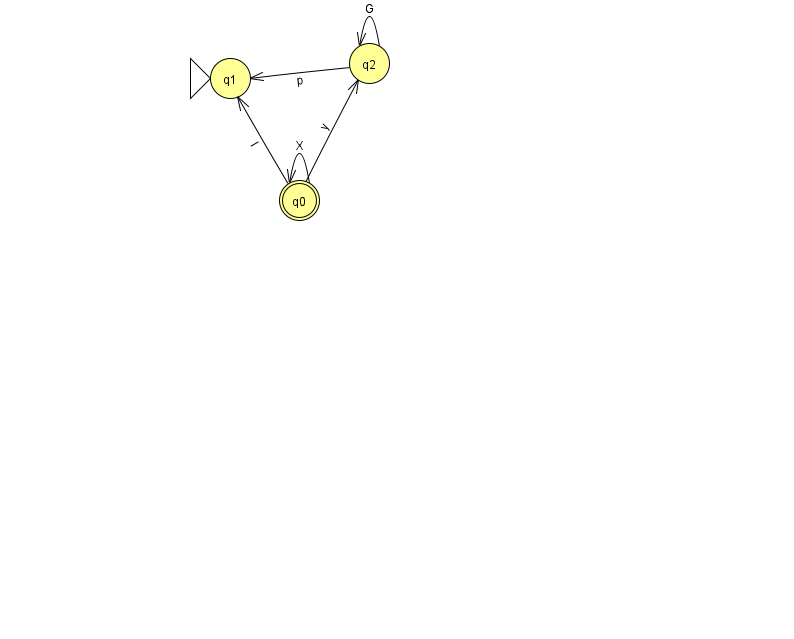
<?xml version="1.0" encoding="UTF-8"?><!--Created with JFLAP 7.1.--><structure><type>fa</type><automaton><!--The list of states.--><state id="0" name="q0"><x>299.0</x><y>187.0</y><final/></state><state id="1" name="q1"><x>230.0</x><y>65.0</y><initial/></state><state id="2" name="q2"><x>369.0</x><y>50.0</y></state><!--The list of transitions.--><transition><from>0</from><to>1</to><read>l</read></transition><transition><from>2</from><to>2</to><read>G</read></transition><transition><from>0</from><to>0</to><read>X</read></transition><transition><from>2</from><to>1</to><read>p</read></transition><transition><from>0</from><to>2</to><read>y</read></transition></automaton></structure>